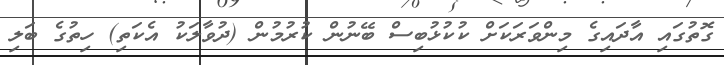
ގޮތުގައި އާދައިގެ މިންވަރަކަށް ކުކުޅުބިސް ބޭނުން ކުރުމުން (ދުވާލަކު އެކަތި) ހިތުގެ ބަލި